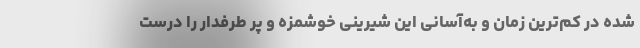
شده در کم‌ترین زمان و به‌آسانی این شیرینی خوشمزه و پر طرفدار را درست